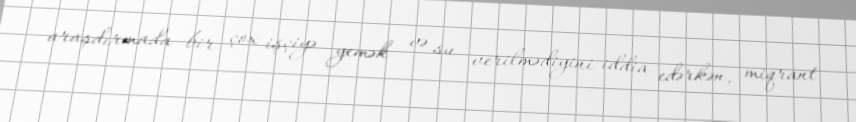
araşdırmada bir çox işçiyə yemək və su verilmədiyini iddia edərkən, miqrant